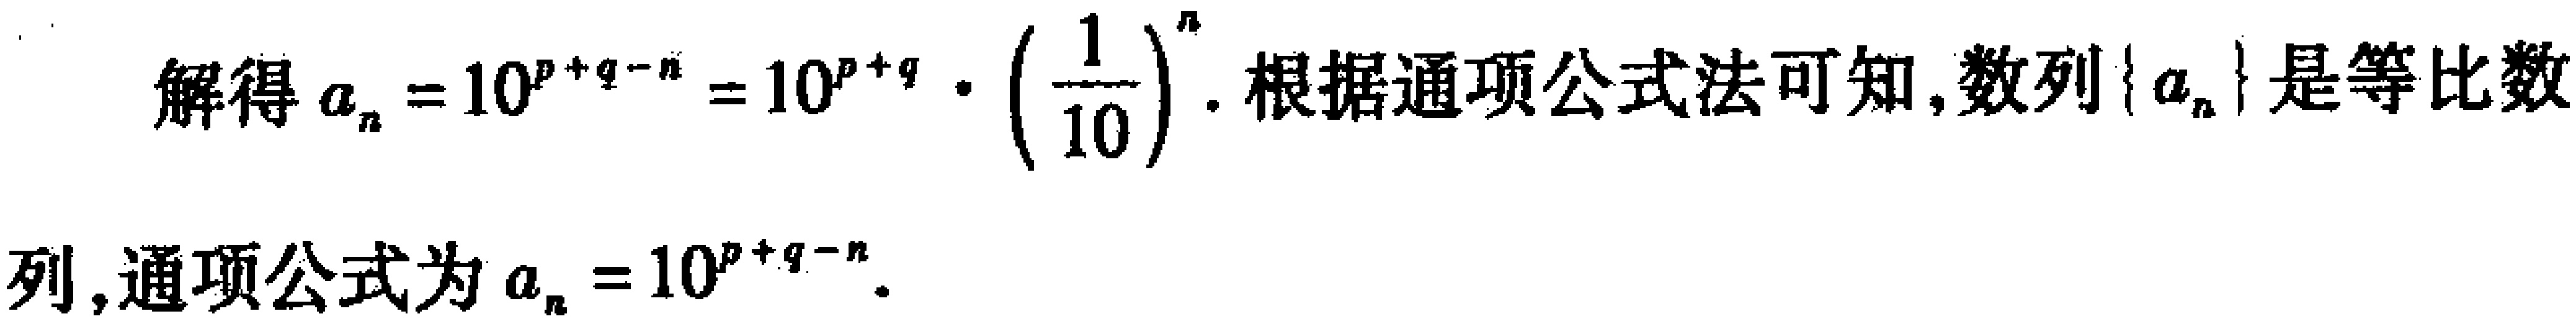
解得\(a_{n}=10^{p + q - n}=10^{p + q}\cdot\left(\frac{1}{10}\right)^{n}\). 根据通项公式法可知,数列\(\{ a_{n}\}\)是等比数
列,通项公式为\(a_{n}=10^{p + q - n}\).